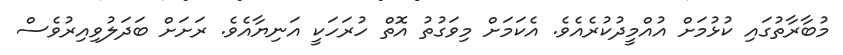
މުބާރާތުގައި ކުޅުމަށް އުއްމީދުކުރެއެވެ. އެކަމަށް މިވަގުތު އޮތް ހުރަހަކީ އަނިޔާއެވެ. ރަށަށް ބަދަލުވިއިރުވެސް